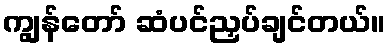
ကျွန်တော် ဆံပင်ညှပ်ချင်တယ်။